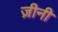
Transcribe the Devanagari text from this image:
ज़ीनी